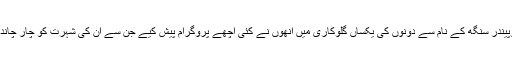
مِتالِی-بھُوپینْدْر سِنگھ کے نام سے دونوں کی یکساں گلوکاری میں اُنھوں نے کئی اچھّے پروگرام پیش کِیے جِن سے اُن کی شہرت کو چار چاند لگ گئی۔